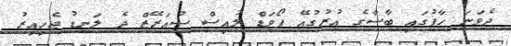
ދެވަނަ ހާފުގައި ބާސާގެ އުރުގުއޭ ފޯވަޑް ލުއިސް ސުއަރޭޒް ދެ ލަނޑު ޖެހިއިރު